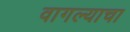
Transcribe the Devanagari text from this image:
वागल्याचा